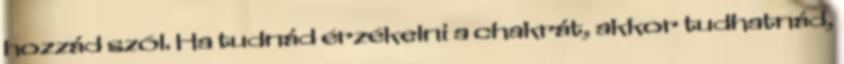
hozzád szól. Ha tudnád érzékelni a chakrát, akkor tudhatnád,